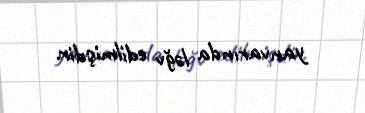
yanvarında ləğv edilmişdir.